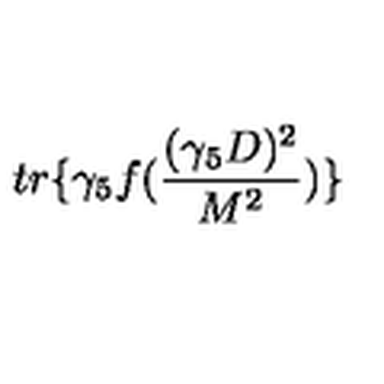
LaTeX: t r \{ \gamma _ { 5 } f ( \frac { ( \gamma _ { 5 } D ) ^ { 2 } } { M ^ { 2 } } ) \}